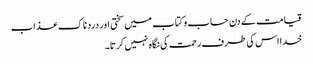
قیامت کے دن حساب و کتاب میں سختی اور دردناک عذاب
خدا اس کی طرف رحمت کی نگاہ نہیں کرتا۔